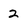
Character: 2